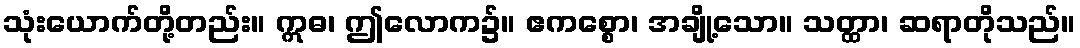
သုံးယောက်တို့တည်း။ ဣဓ၊ ဤလောက၌။ ဧကစ္စော၊ အချို့သော။ သတ္ထာ၊ ဆရာတိုသည်။